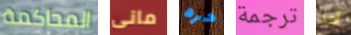
المحاكمة مانى حره ترجمة أخد